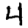
Digit: 4